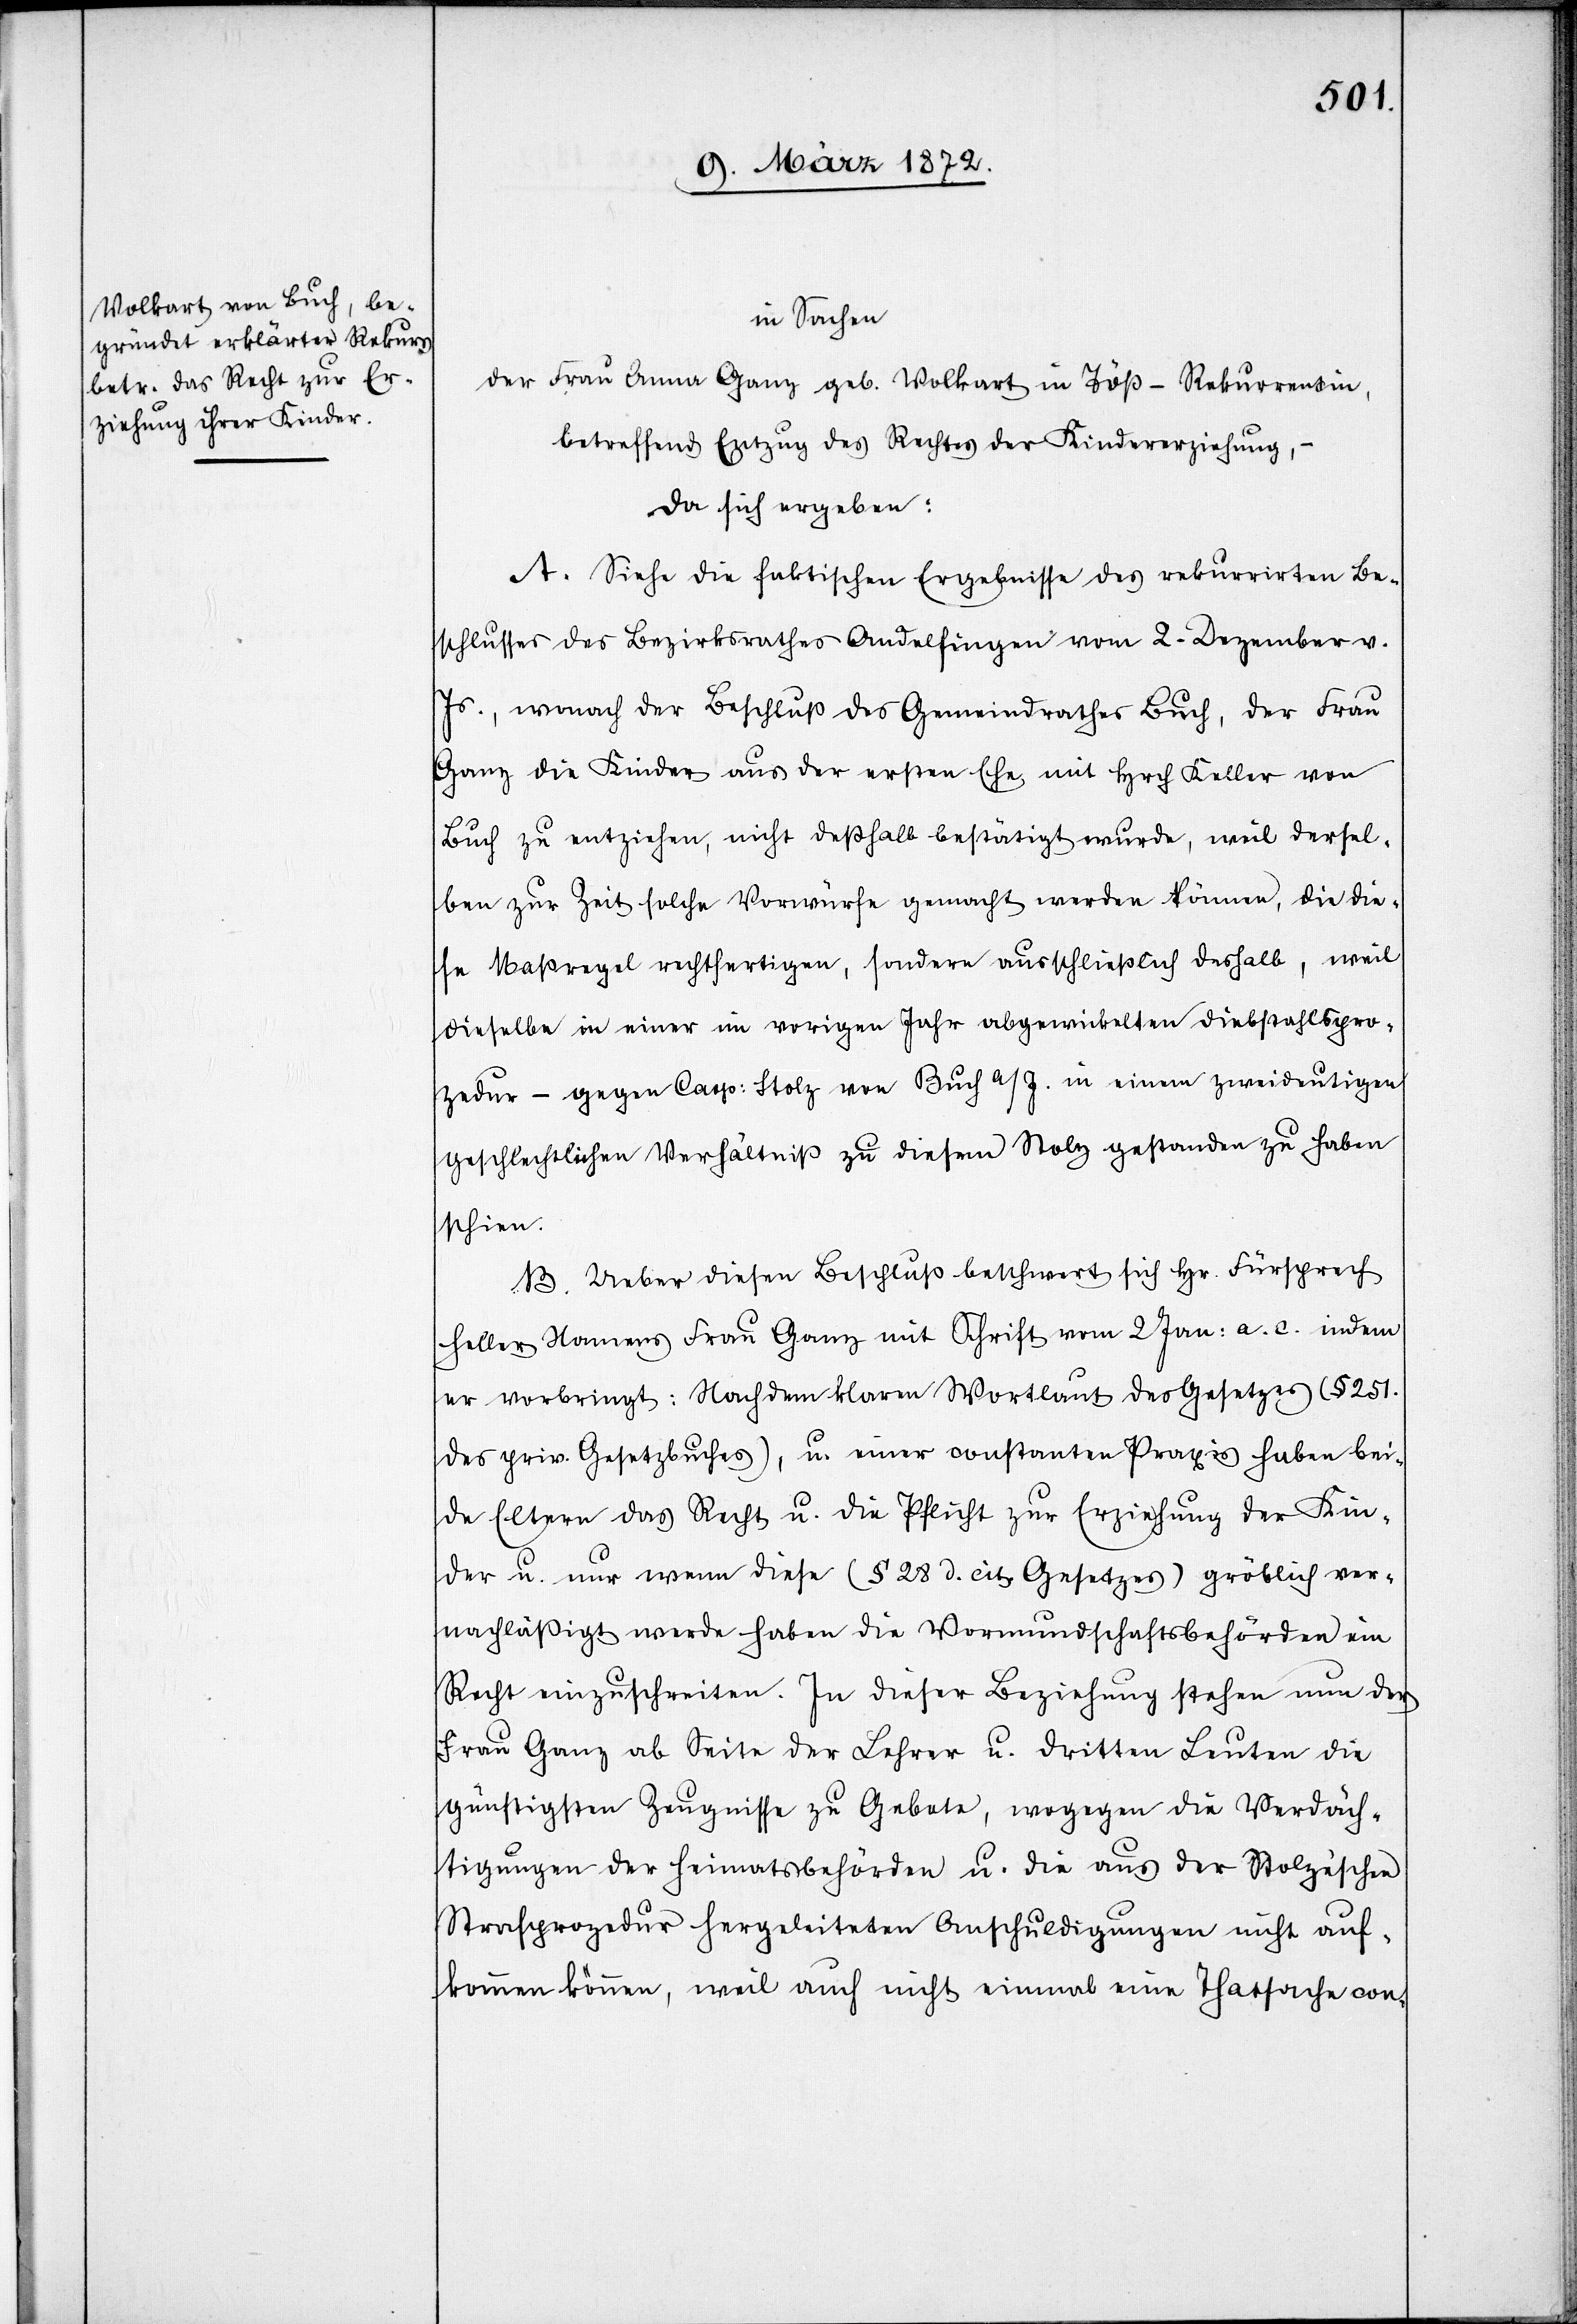
in Sachen
der Frau Anna Ganz geb. Volkart in Töß – Rekurrentin,
betreffend Entzug des Rechtes der Kindererziehung,
da sich ergeben:
A. Siehe die faktischen Ergebnisse des rekurrirten Be¬
schlusses des Bezirksrathes Andelfingen vom 2. Dezember v.
Js., wonach der Beschluß des Gemeindrathes Buch, der Frau
Ganz die Kinder aus der ersten Ehe mit Hrch. Keller von
Buch zu entziehen, nicht deßhalb bestätigt wurde, weil dersel¬
ben zur Zeit solche Vorwürfe gemacht werden können, die die¬
se Maßregel rechtfertigen, sondern ausschließlich deshalb, weil
dieselbe in einer im vorigen Jahr abgewickelten Diebstahlspro¬
zedur – gegen Casp: Stolz von Buch a/I. in einem zweideutigen
geschlechtlichen Verhältniß zu diesem Stolz gestanden zu haben
schien.
B. Ueber diesen Beschluß beschwert sich Hr. Fürsprech
Heller Namens Frau Ganz mit Schrift vom 2 Jan. a. c. indem
er vorbringt: Nach dem klaren Wortlaut des Gesetzes (§ 251.
des priv. Gesetzbuches), u. einer constanten Praxis haben bei¬
de Eltern das Recht u. die Pflicht zur Erziehung der Kin¬
der u. nur wenn diese (§ 28 d. cit. Gesetzes) gröblich ver¬
nachläßigt werde haben die Vormundschaftsbehörden ein
Recht einzuschreiten. In dieser Beziehung stehen nun der
Frau Ganz ab Seite der Lehrer u. dritten Leuten die
günstigsten Zeugnisse zu Gebote, wogegen die Verdäch¬
tigungen der Heimatsbehörde u. die aus der Stolze’schen
Strafprozedur hergeleiteten Anschuldigungen nicht auf¬
kommen können, weil auch nicht einmal eine Thatsache con-